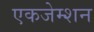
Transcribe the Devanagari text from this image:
एकजेम्शन